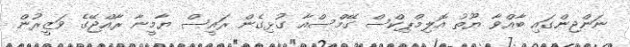
ނަންޖިންގައި ބާއްވާ ޔޫތު އޮލިމްޕިކްސް ގޭމްސްއާ ގުޅިގެން ރައީސް ޔާމީނާ ރާއްޖޭގެ ވަޒީރުން